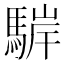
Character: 䮗